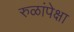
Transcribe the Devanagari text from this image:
रुळांपेक्षा